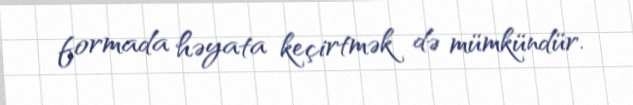
formada həyata keçirtmək də mümkündür.